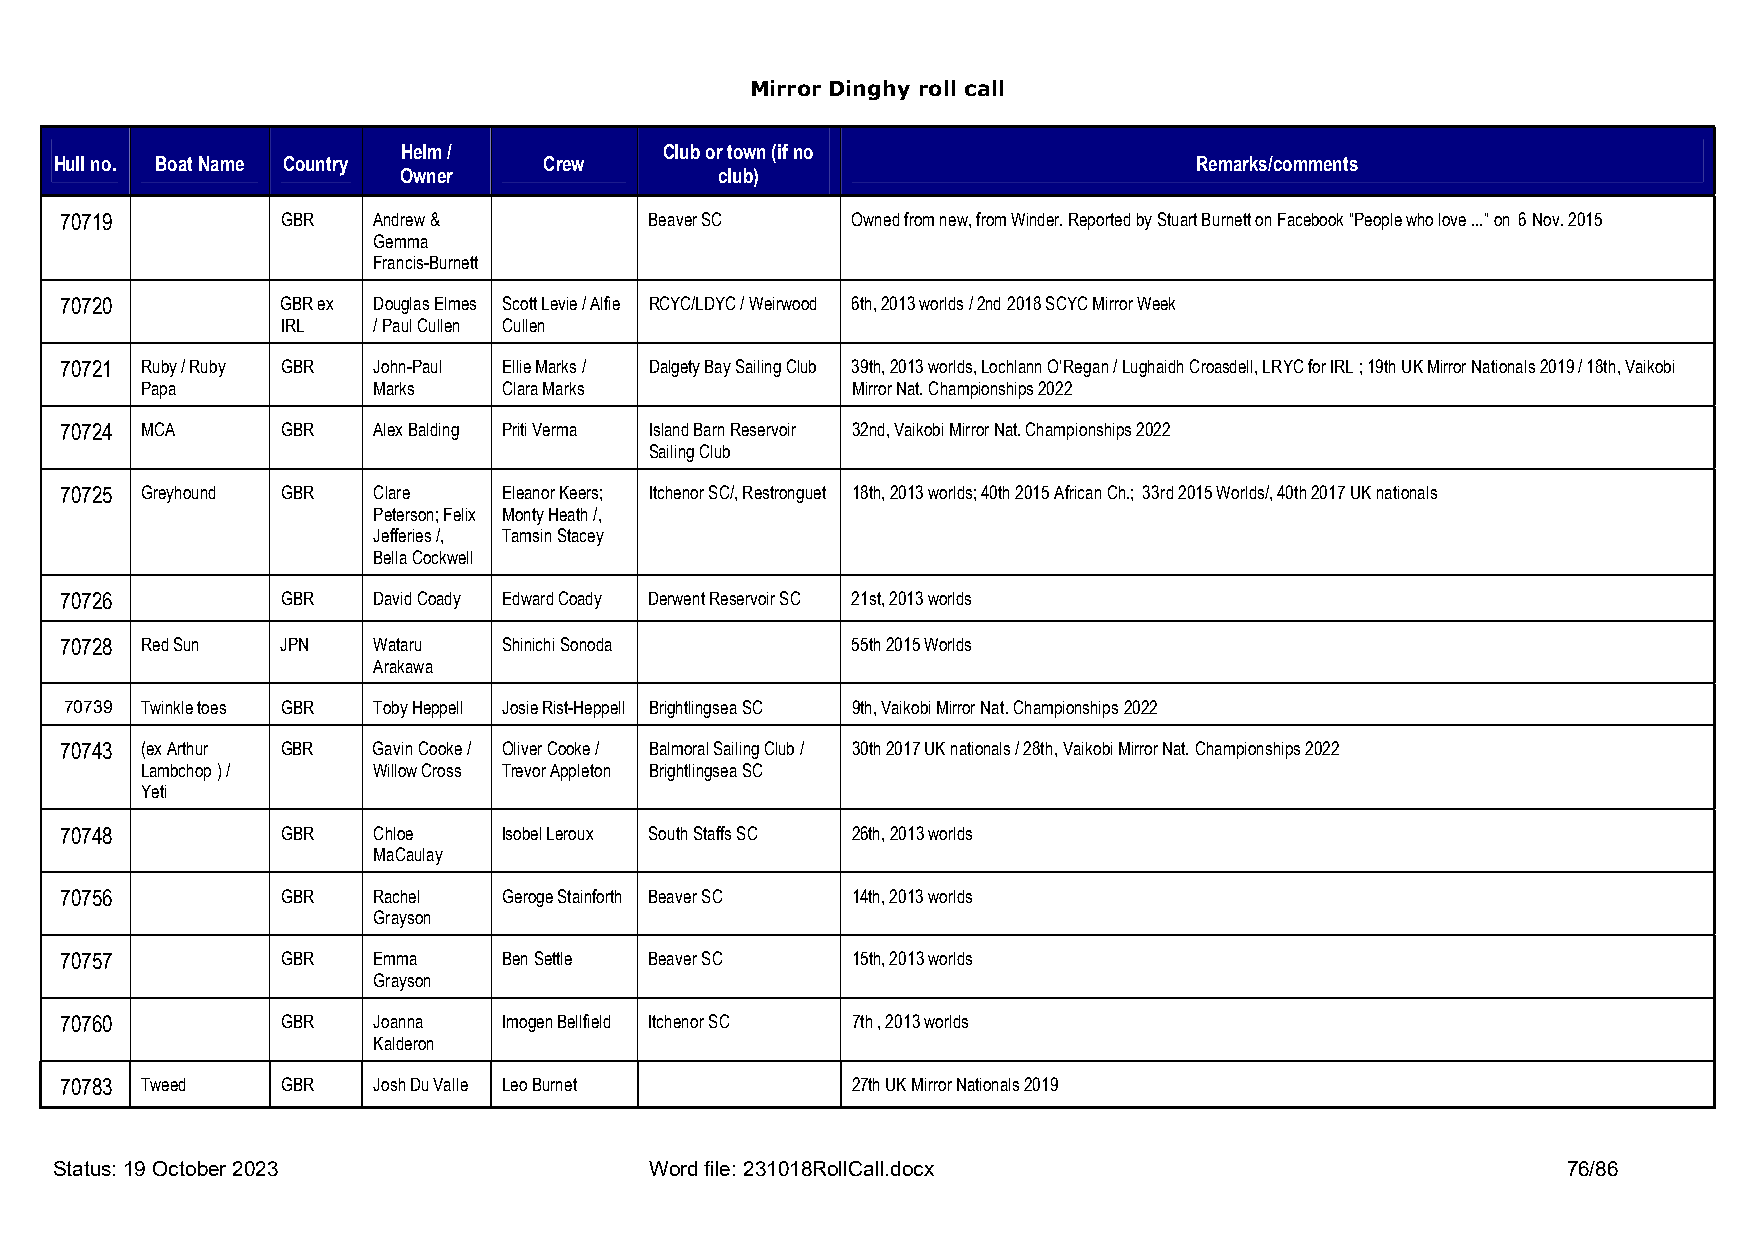
Mirror Dinghy roll call
 Helm /           Club or town (if no
 Hull no. Boat Name Country      Crew                                       Remarks/comments
 Owner                 club)
 70719          GBR   Andrew &          Beaver SC    Owned from new, from Winder. Reported by Stuart Burnett on Facebook “People who love ...” on 6 Nov. 2015
 Gemma
 Francis-Burnett
 70720          GBR ex Douglas Elmes Scott Levie / Alfie RCYC/LDYC / Weirwood 6th, 2013 worlds / 2nd 2018 SCYC Mirror Week
 IRL   / Paul Cullen Cullen
 70721 Ruby / Ruby GBR John-Paul Ellie Marks / Dalgety Bay Sailing Club 39th, 2013 worlds, Lochlann O’Regan / Lughaidh Croasdell, LRYC for IRL ; 19th UK Mirror Nationals 2019 / 18th, Vaikobi
 Papa            Marks   Clara Marks            Mirror Nat. Championships 2022
 70724 MCA      GBR   Alex Balding Priti Verma Island Barn Reservoir 32nd, Vaikobi Mirror Nat. Championships 2022
 Sailing Club
 70725 Greyhound GBR  Clare   Eleanor Keers; Itchenor SC/, Restronguet 18th, 2013 worlds; 40th 2015 African Ch.; 33rd 2015 Worlds/, 40th 2017 UK nationals
 Peterson; Felix Monty Heath /,
 Jefferies /, Tamsin Stacey
 Bella Cockwell
 70726          GBR   David Coady Edward Coady Derwent Reservoir SC 21st, 2013 worlds
 70728 Red Sun  JPN   Wataru  Shinichi Sonoda        55th 2015 Worlds
 Arakawa
 70739 Twinkle toes GBR Toby Heppell Josie Rist-Heppell Brightlingsea SC 9th, Vaikobi Mirror Nat. Championships 2022
 70743 (ex Arthur GBR Gavin Cooke / Oliver Cooke / Balmoral Sailing Club / 30th 2017 UK nationals / 28th, Vaikobi Mirror Nat. Championships 2022
 Lambchop ) /    Willow Cross Trevor Appleton Brightlingsea SC
 Yeti
 70748          GBR   Chloe   Isobel Leroux South Staffs SC 26th, 2013 worlds
 MaCaulay
 70756          GBR   Rachel  Geroge Stainforth Beaver SC 14th, 2013 worlds
 Grayson
 70757          GBR   Emma    Ben Settle Beaver SC   15th, 2013 worlds
 Grayson
 70760          GBR   Joanna  Imogen Bellfield Itchenor SC 7th , 2013 worlds
 Kalderon
 70783 Tweed    GBR   Josh Du Valle Leo Burnet       27th UK Mirror Nationals 2019
 Status: 19 October 2023                Word file: 231018RollCall.docx                               76/86